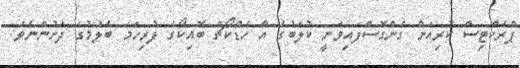
ޕްރެކްޓިސް ކުރިއަށް ގެންގޮސްފައިވަނީ ކުލަބުގެ އާ ހެޑްކޯޗް ބޮއިކޯގެ ފުރިހަމަ ބެލުމުގެ ދަށުންނެވެ.